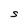
Character: S